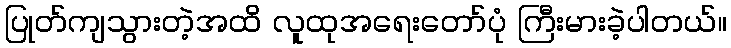
ပြုတ်ကျသွားတဲ့အထိ လူထုအရေးတော်ပုံ ကြီးမားခဲ့ပါတယ်။